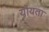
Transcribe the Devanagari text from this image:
योयता